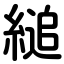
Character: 縋